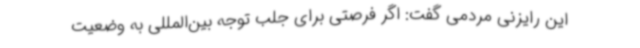
این رایزنی مردمی گفت: اگر فرصتی برای جلب توجه بین‌المللی به وضعیت